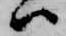
ハ